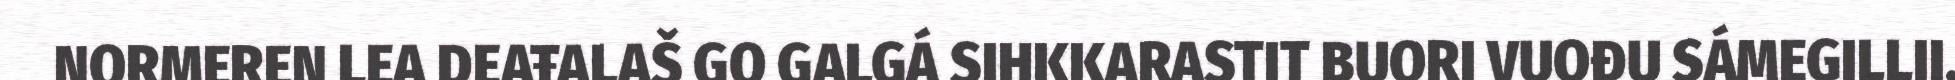
NORMEREN LEA DEAŦALAŠ GO GALGÁ SIHKKARASTIT BUORI VUOĐU SÁMEGILLII.